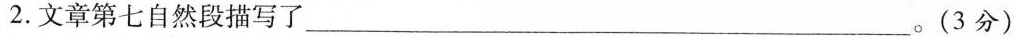
2.文章第七自然段描写了___。(3分)